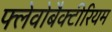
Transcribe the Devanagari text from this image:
फ्लेवोबैक्टीरियम